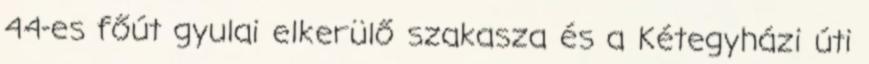
44-es főút gyulai elkerülő szakasza és a Kétegyházi úti